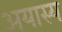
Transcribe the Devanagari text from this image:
अयास्य